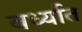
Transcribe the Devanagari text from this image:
वर्ध्यात